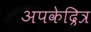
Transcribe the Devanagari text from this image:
अपकेद्रित्र